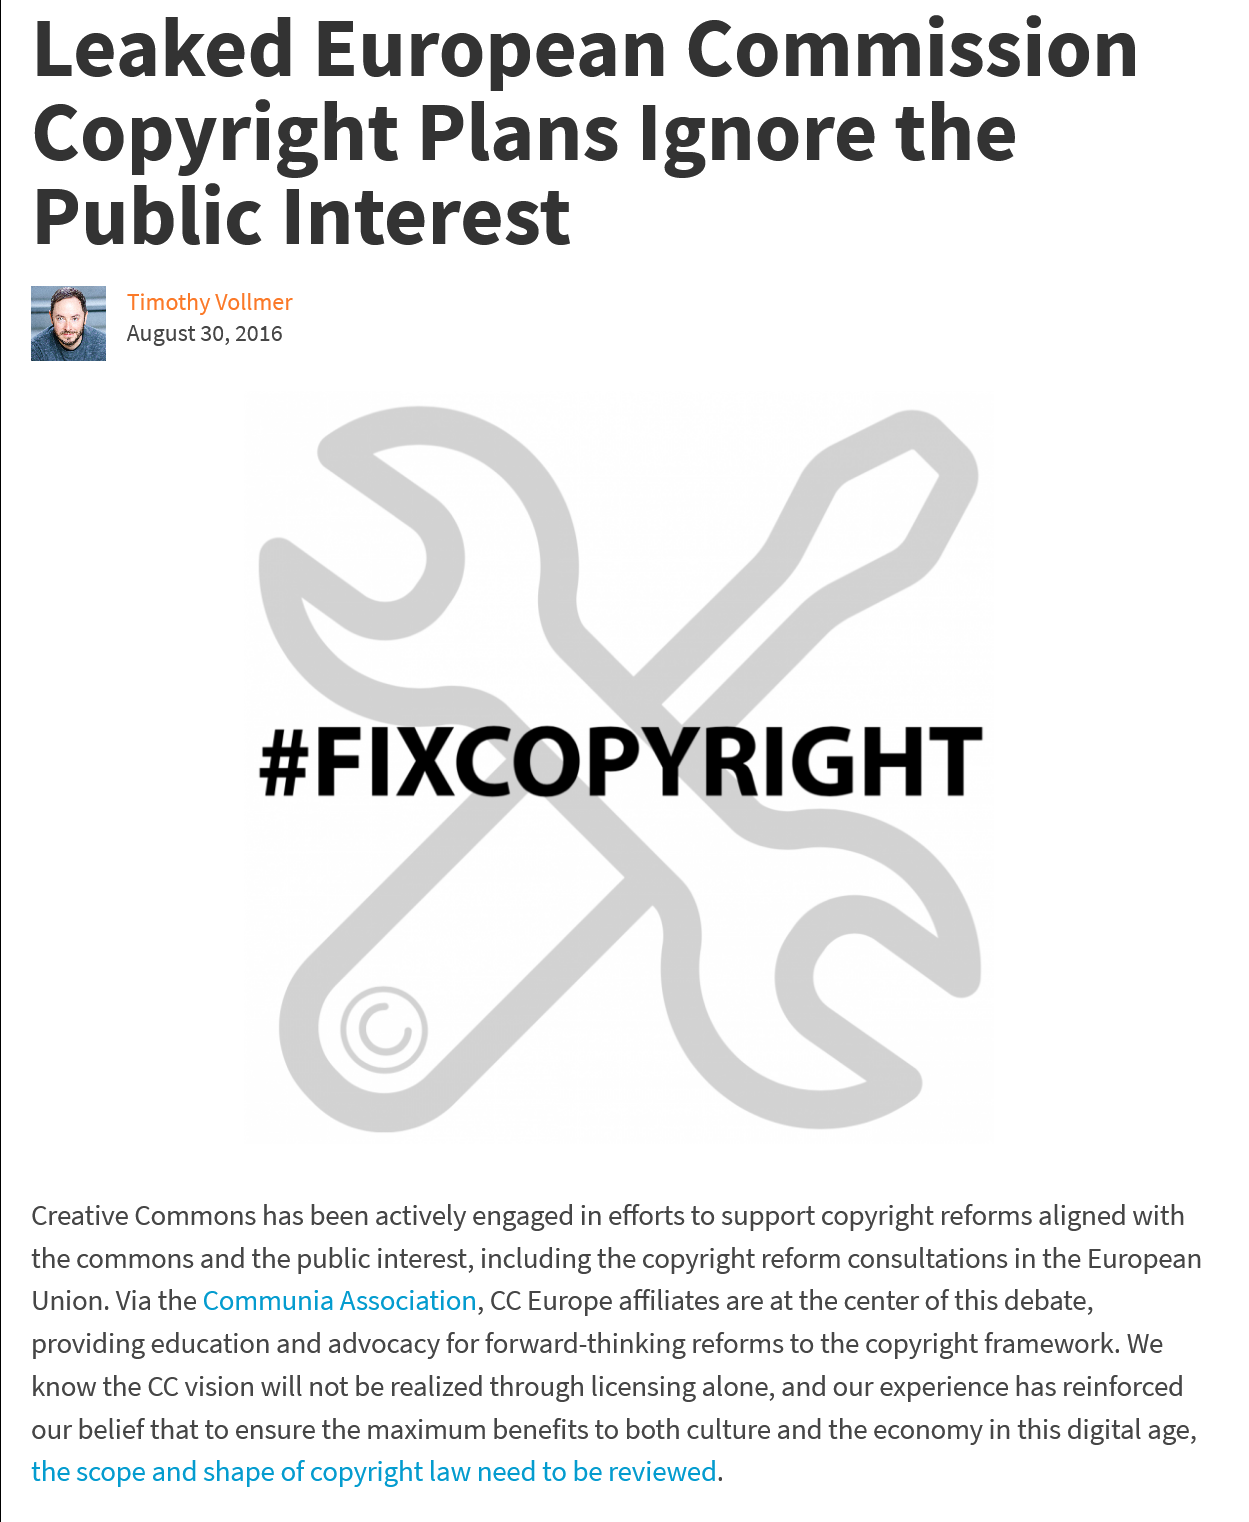
Leaked    European    Commission
   Copyright    Plans    Ignore    the
   Public    Interest
     Timothy Vollmer
     August 30, 2016
     #FIXCOPYRIGHT
   Creative Commons has been actively engaged in efforts to support copyright reforms aligned with
   the commons and the public interest, including the copyright reform consultations in the European
   Union. Via the Communia Association, CC Europe affiliates are at the center of this debate,
   providing education and advocacy for forward-thinking reforms to the copyright framework. We
   know the CC vision will not be realized through licensing alone, and our experience has reinforced
   our belief that to ensure the maximum benefits to both culture and the economy in this digital age,
   the scope and shape of copyright law need to be reviewed.